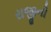
રાજીની